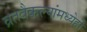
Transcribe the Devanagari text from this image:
व्रतवैकल्यांमध्येही